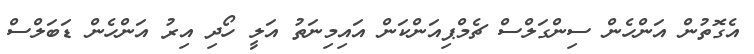
އެގޮތުން އަންހެން ސިންގަލްސް ޗެމްޕިއަންކަން އައިމިނަތު އަލީ ހޯދި އިރު އަންހެން ޑަބަލްސް